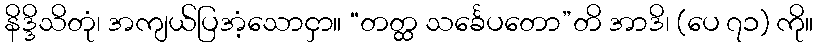
နိဒ္ဒိသိတုံ၊ အကျယ်ပြအံ့သောငှာ။ “တတ္ထ သင်္ခေပတော”တိ အာဒိ၊ (ပေ ၇၁) ကို။